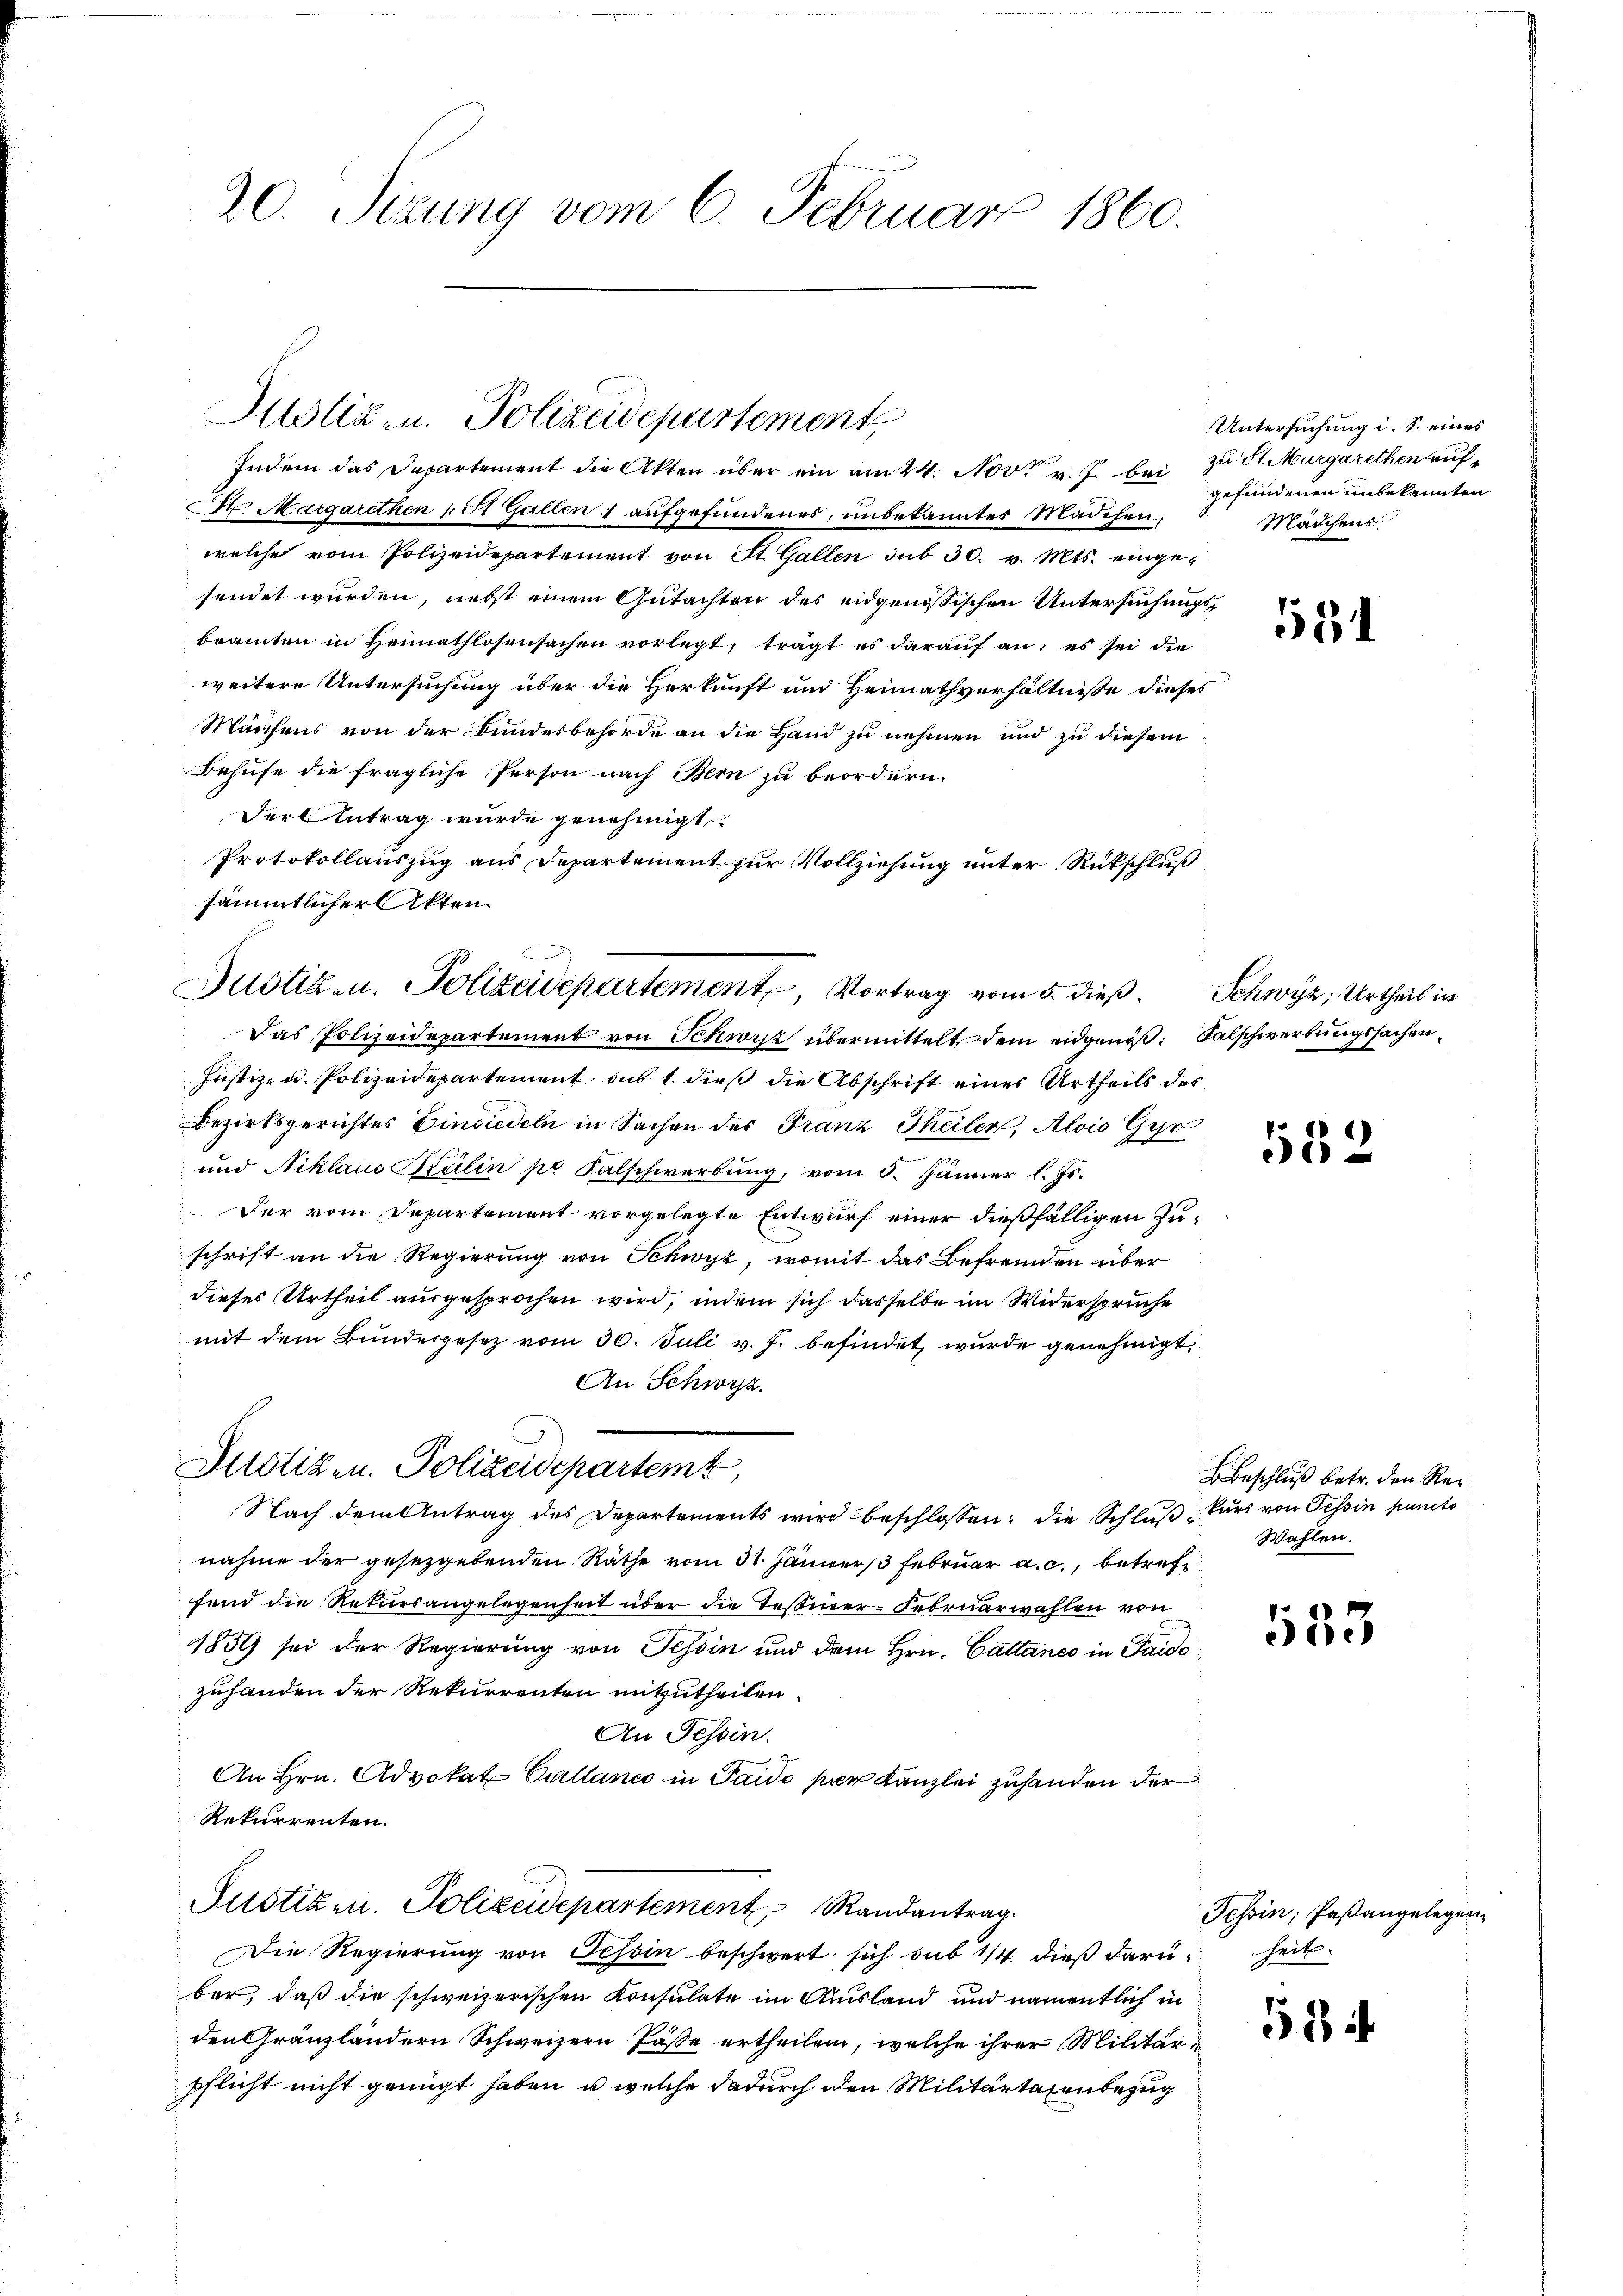
20. Sizung vom 6. Februar 1860.

Justiz- u. Polizeidepartement,

Indem das Departement die Akten über ein am 24. Nov. v. J. bei zu St. Margarethen auf¬
Dr. Margarethen 1 St Gallen 1 aufgefundenes, unbekanntes Mädchen,
welche vom Polizeidepartement von St. Gallen sub 30. v. Mts. eingesendet werden, nebst einem Gutachten des eidgenössischen Untersuchungsbeamten in Heimathlosensachen vorlegt, trägt es darauf an: es sei die
weitere Untersuchung über die Herkunft und Heimathverhältnisse dieses
Manchens von der Bundesbehörde an die Hand zu nehmen und zu diesem
Behufe die fragliche Person nach Bern zu beordern.
Der Antrag wurde genehmigt
Protokollauszug aus Departement zur Vollziehung unter Rückschluß
sämmtlicher Akten.

Justizen. Polizeidepartement, Vortrag vom 5. dieß.
Das Polizeidepartement von Schwisz übermittelt dem eidgenöß¬ Falschwerbungssachen¬

Justizen. Polizeidepartement Randantrag
Die Regierung von Tessin beschwert sich sub 14. dieß darunheit

ber, daß die schweizerischen Konsulate im Ausland und namentlich in
den Gränzländern Schweizern, Pässe ertheilen, welche ihrer Militärpflicht nicht genügt haben, u. welche dadurch den Militärtaxenbezug

Untersuchung i. S. eines
gefundenen unbekannten
Mädchens

Justiz- u. Polizeidepartement sub 1. dieß die Abschrift eines Urtheils des
Bezirksgerichtes Einsiedeln in Sachen der Franz Theiler, Alois Ger
und Niklaus Kälin pr Falschwerbŭng, vom 5. Jänner l. Js.
Der vom Departement vorgelegte Entwurf einer dießfälligen Zuschrift an die Regierung von Schwyz, womit das Befremden über
dieses Urtheil ausgesprochen wird, indem sich dasselbe im Widerspruche
mit dem Bundesgesetz vom 30. Juli v. J. befindet wurde genehmigt.
An Schwyz.
Justiz in Polizeidepartemt,
Nach dem Antrag des Departements wird beschlossen: die Schluß kurs von Tessin puncto
nahme der gesetzgebenden Rathe vom 31. Jänner 3 Februar a. c., betref
fend die Rekursangelegenheit über die Tessiner-Februarwahlen von
1859 sei der Regierung von Tessin und dem Hrn. Cattaneo in Taido
zuhanden der Rekurrenten mitzutheilen.
An Tessin.
An Hrn. Advokat Cattance in Paido per Kanzlei zuhanden der
Rekurrenten.

554

Schwyz, Urtheil in

132

Beschluß betr. den Rei¬
Wahlen.

533

Tessin; Paßangelegen

584